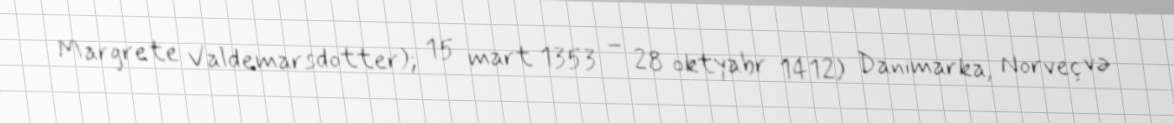
Margrete Valdemarsdotter); 15 mart 1353 – 28 oktyabr 1412) Danimarka, Norveç və